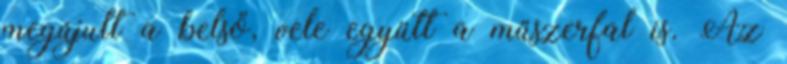
megújult a belső, vele együtt a műszerfal is. Az